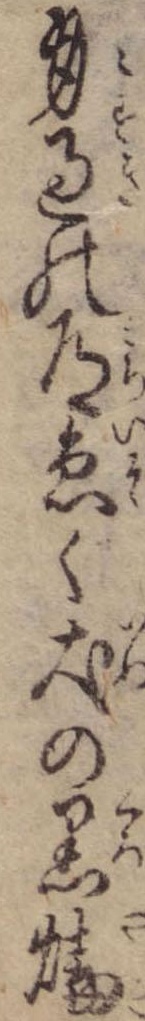
身過の道急く犬の黒焼